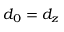
d _ { 0 } = d _ { z }